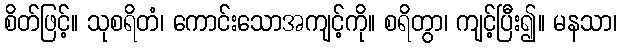
စိတ်ဖြင့်။ သုစရိတံ၊ ကောင်းသောအကျင့်ကို။ စရိတွာ၊ ကျင့်ပြီး၍။ မနသာ၊